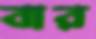
বার